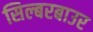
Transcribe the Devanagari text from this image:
सिल्बरबाउर